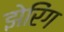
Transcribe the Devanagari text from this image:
झेरिंग